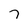
Character: 7